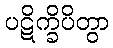
ပဋိက္ခိပိတွာ